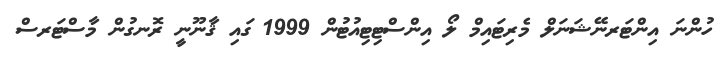
ހުންނަ އިންޓަރނޭޝަނަލް މެރިޓައިމް ލޯ އިންސްޓިޓިއުޓުން 1999 ގައި ޤާނޫނީ ރޮނގުން މާސްޓަރސް